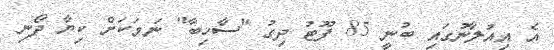
އެ އިއުލާނުގައި ބުނީ 85 ފޫޓު ދިގު "ސާހިބާ" ނަމަކަށް ކިޔާ ދޯނި